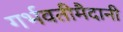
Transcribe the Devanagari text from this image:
गर्भवतीमैदानी